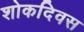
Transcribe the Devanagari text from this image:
शोकदिवस